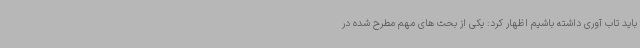
باید تاب آوری داشته باشیم اظهار کرد: یکی از بحث های مهم مطرح شده در